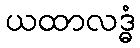
ယထာလဒ္ဓံ